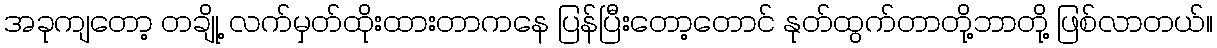
အခုကျတော့ တချို့ လက်မှတ်ထိုးထားတာကနေ ပြန်ပြီးတော့တောင် နုတ်ထွက်တာတို့ဘာတို့ ဖြစ်လာတယ်။